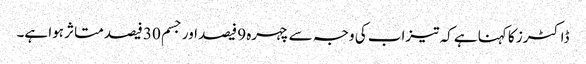
ڈاکٹرز کا کہنا ہے کہ تیزاب کی وجہ سے چہرہ 9 فیصد اور جسم 30 فیصد متاثر ہوا ہے۔